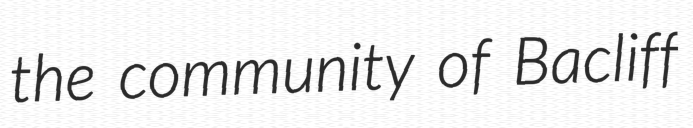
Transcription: the community of Bacliff